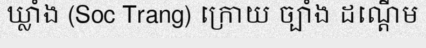
ឃ្លាំង (Soc Trang) ក្រោយ ច្បាំង ដណ្តើម